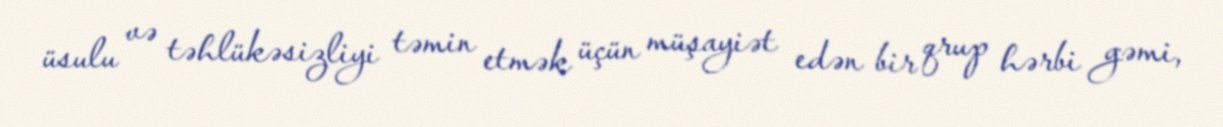
üsulu və təhlükəsizliyi təmin etmək üçün müşayiət edən bir qrup hərbi gəmi,